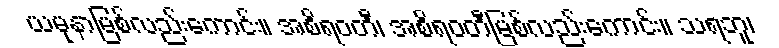
ယမုနာမြစ်လည်းကောင်း။ အစိရဝတီ၊ အစိရဝတီမြစ်လည်းကောင်း။ သရဘူ၊